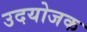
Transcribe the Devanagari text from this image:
उदयोजक